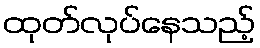
ထုတ်လုပ်နေသည့်